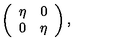
\left( \begin{array} { c c } { \eta } & { 0 } \\ { 0 } & { \eta } \\ \end{array} \right) ,